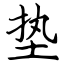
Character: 垫